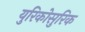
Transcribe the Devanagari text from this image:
युरिकोसुरिक